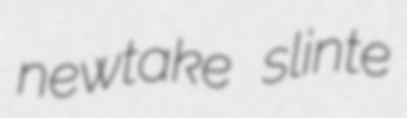
newtake slinte